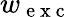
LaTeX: w_{\mathrm{~e~x~c~}}